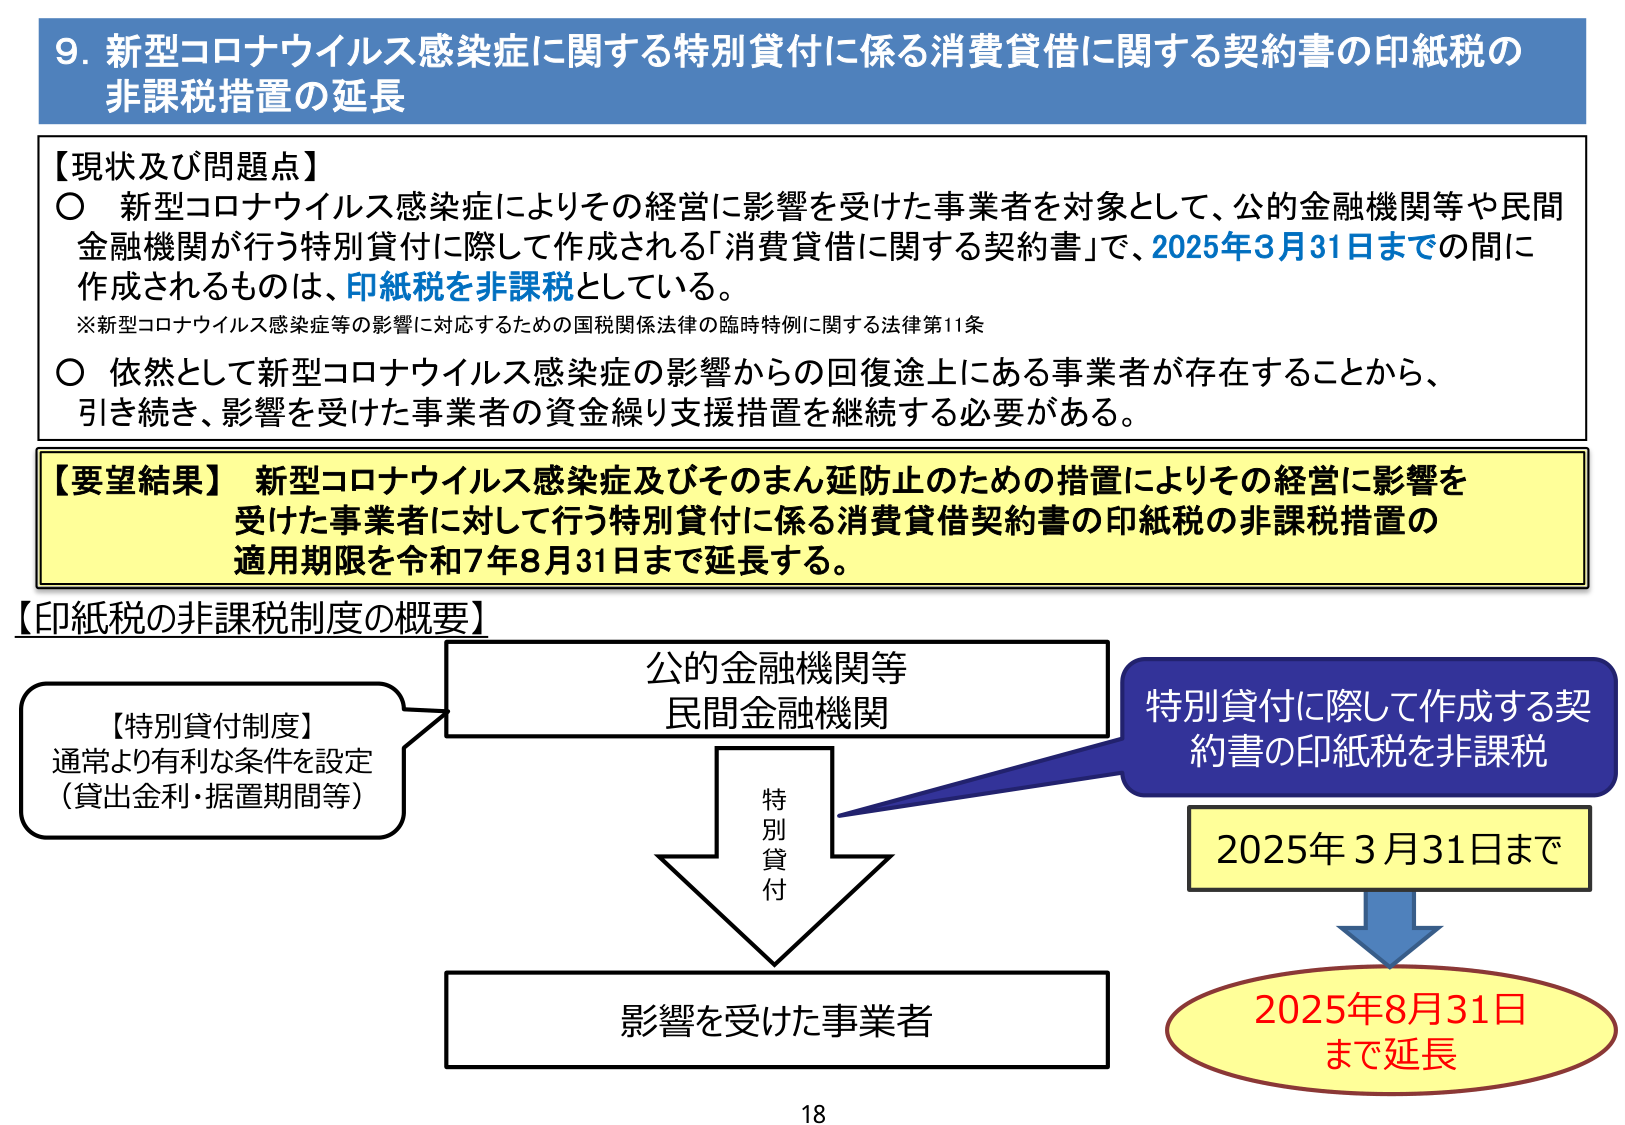
9. 新型コロナウイルス感染症に関する特別貸付に係る消費貸借に関する契約書の印紙税の非課税措置の延長

【現状及び問題点】
〇 新型コロナウイルス感染症によりその経営に影響を受けた事業者を対象として、公的金融機関等や民間金融機関が行う特別貸付に際して作成される「消費貸借に関する契約書」で、2025年3月31日までの間に作成されるものは、印紙税を非課税としている。
※新型コロナウイルス感染症等の影響に対応するための国税関係法律の臨時特例に関する法律第11条
〇 依然として新型コロナウイルス感染症の影響からの回復途上にある事業者が存在することから、引き続き、影響を受けた事業者の資金繰り支援措置を継続する必要がある。

【要望結果】 新型コロナウイルス感染症及びそのまん延防止のための措置によりその経営に影響を受けた事業者に対して行う特別貸付に係る消費貸借契約書の印紙税の非課税措置の適用期限を令和7年8月31日まで延長する。

【印紙税の非課税制度の概要】
【特別貸付制度】
通常より有利な条件を設定
（貸出金利・据置期間等）

公的金融機関等
民間金融機関

特別貸付

影響を受けた事業者

特別貸付に際して作成する契約書の印紙税を非課税

2025年3月31日まで

2025年8月31日
まで延長

18